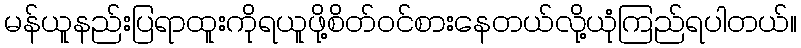
မန်ယူနည်းပြရာထူးကိုရယူဖို့စိတ်ဝင်စားနေတယ်လို့ယုံကြည်ရပါတယ်။